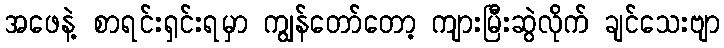
အဖေနဲ့ စာရင်းရှင်းရမှာ ကျွန်တော်တော့ ကျားမြီးဆွဲလိုက် ချင်သေးဗျာ